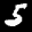
Label: 5